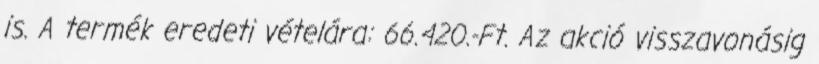
is. A termék eredeti vételára: 66.420.-Ft. Az akció visszavonásig